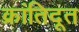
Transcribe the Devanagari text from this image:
क्रांतिदूत